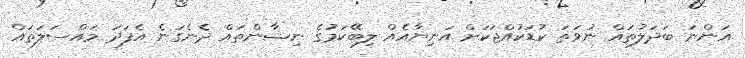
އަންނަ ބަދަލުތައް ނުވަތަ ކުޑަކުއްޖަކަށް އަނިޔާއެއް ލިބޭކަމުގެ ނިޝާންތައް ދެނެގަނެ އެފަދަ މައްސަލަތައް